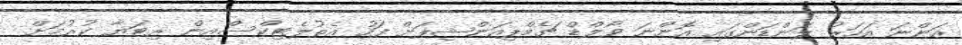
އަންނަ އަހަރު ލަންޑަންގައި އޮންނަ ވޯލްޑް ޗެމްޕިއަންޝިޕަށް ފަހު އެތުލެޓިކްސްއިން ރިޓަޔާ ކުރުމަށް